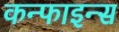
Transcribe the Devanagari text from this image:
कन्फाइन्स